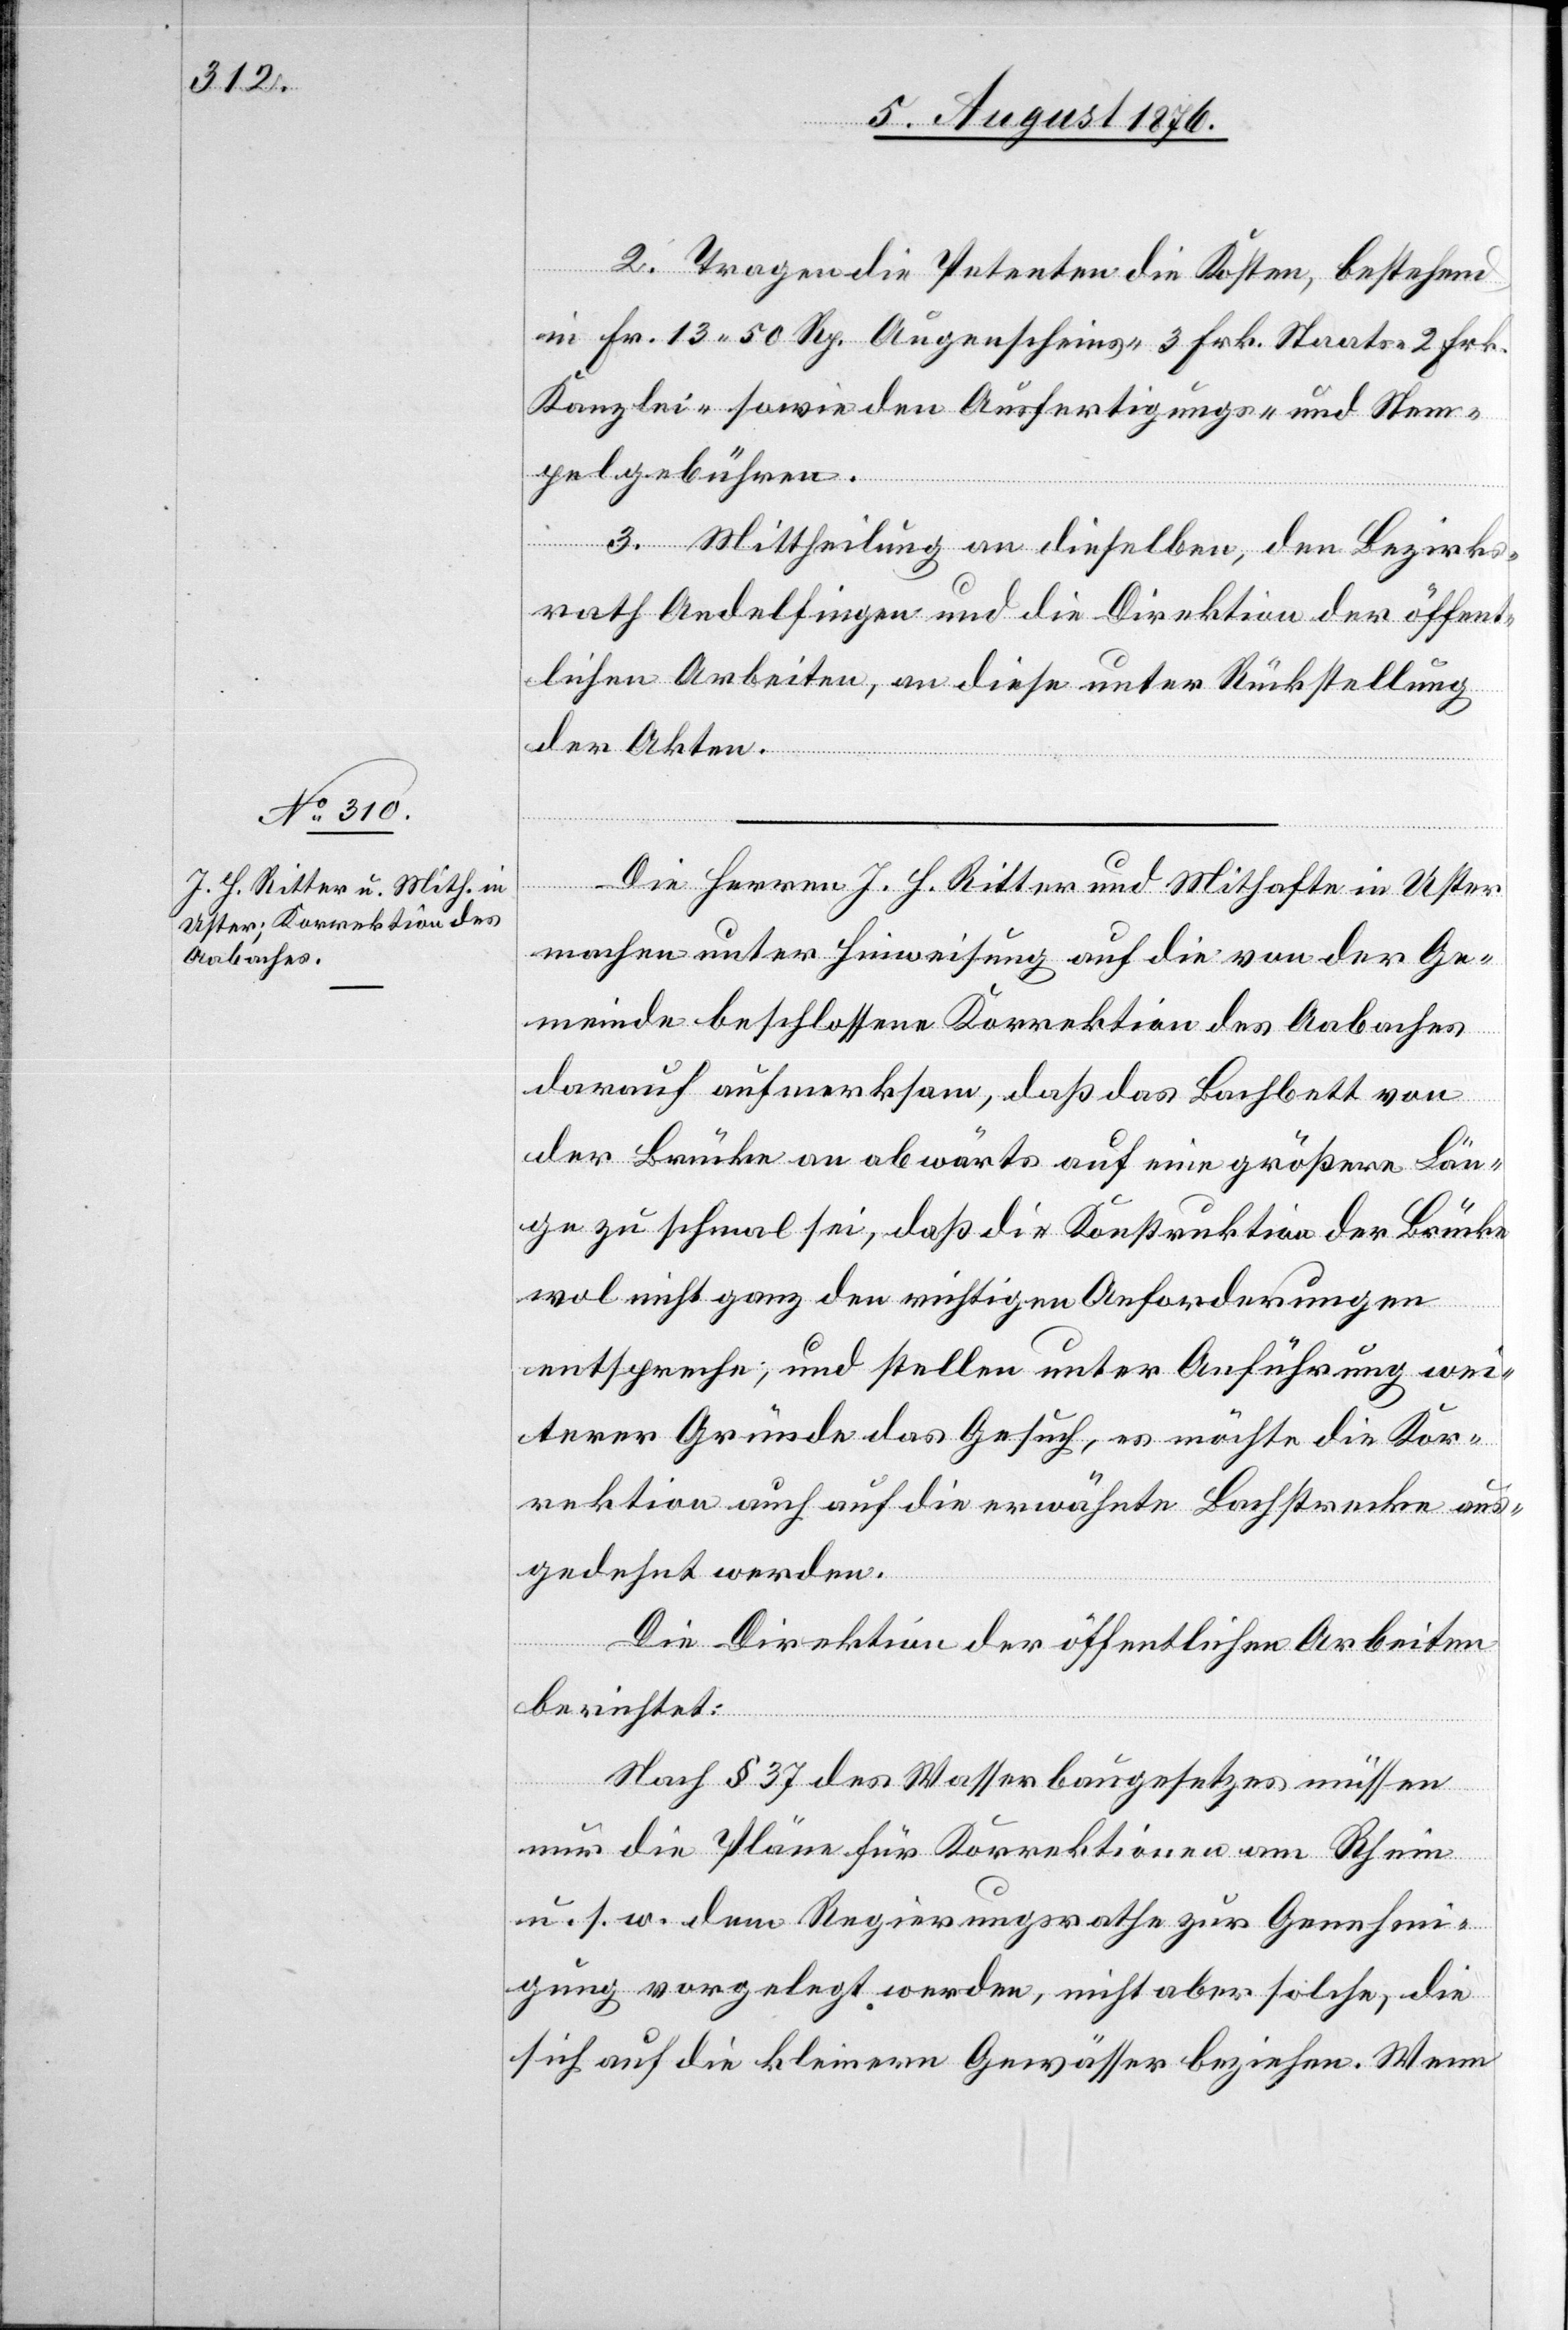
2. Tragen die Petenten die Kosten, bestehend
in Fr. 13 50 Rp. Augenscheins-[,] 3 Frk. Staats-[,] 2 Frk.
Kanzlei- sowie den Ausfertigungs- und Stem¬
pelgebühren.
3. Mittheilung an dieselben, den Bezirks¬
rath Andelfingen und die Direktion der öffent¬
lichen Arbeiten, an diese unter Rückstellung
der Akten.
Die Herren J. H. Ritter und Mithafte in Uster
machen unter Hinweisung auf die von der Ge¬
meinde beschossene Korrektion des Aabaches
darauf aufmerksam, daß das Bachbett von
der Brücke an abwärts auf eine größere Län¬
ge zu schmal sei, daß die Konstruktion der Brücke
wol nicht ganz den richtigen Anforderungen
entspreche, und stellen unter Anführung wei¬
terer Gründe das Gesuch, es möchte die Kor¬
rektion auch auf die erwähnte Bachstrecke aus¬
gedehnt werden.
Die Direktion der öffentlichen Arbeiten
berichtet:
Nach § 37 des Wasserbaugesetzes müssen
nur die Pläne für Korrektionen am Rhein
u. s. w. dem Regierungsrathe zur Genehmi¬
gung vorgelegt werden, nicht aber solche die
sich auf die kleinern Gewässer beziehen. Wenn